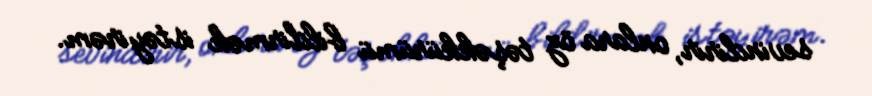
sevindirir, onlara öz təşəkkürümü bildirmək istəyirəm.